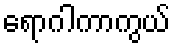
ရောဂါကာကွယ်